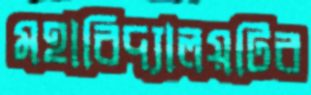
মহাবিদ্যালয়টির